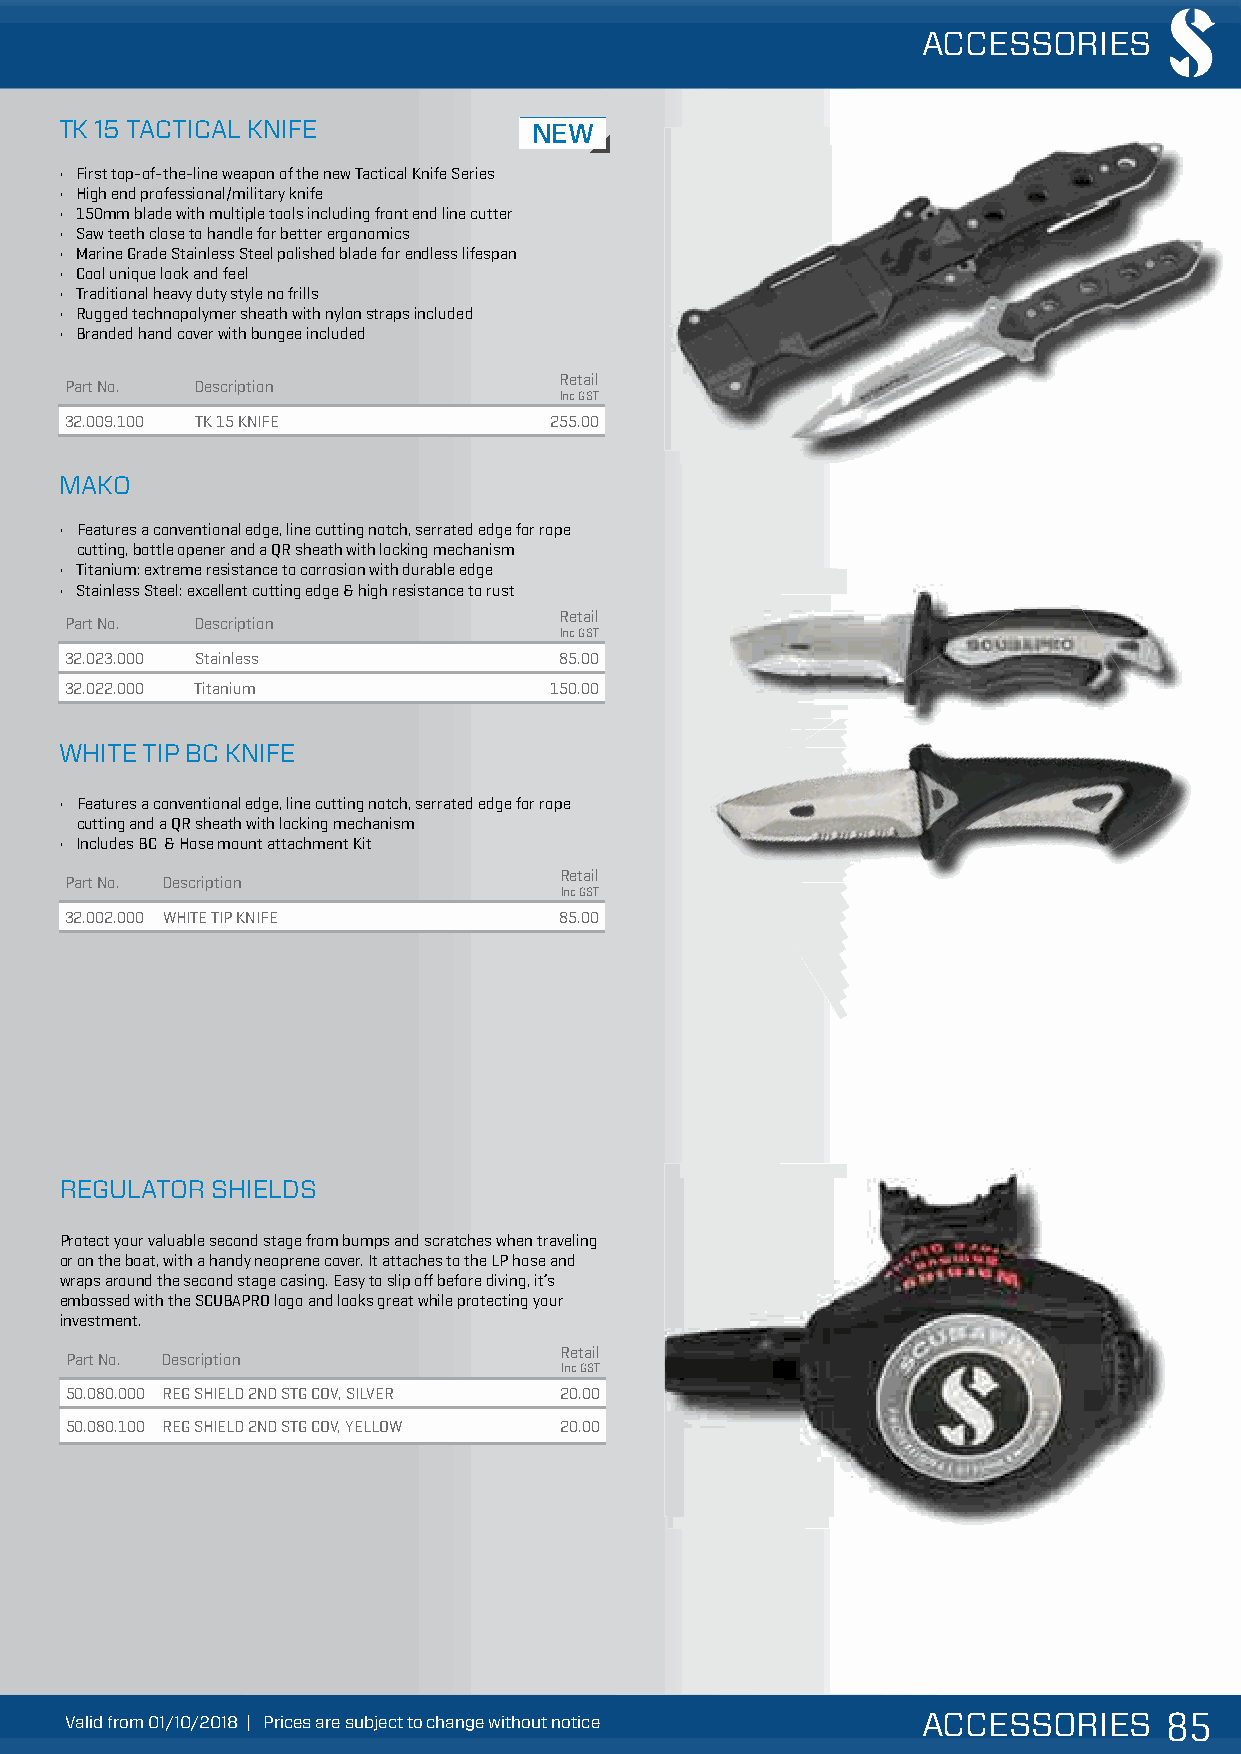
ACCESSORIES
 NEW
 TK 15 TACTICAL KNIFE           NEW
 • First top-of-the-line weapon of the new Tactical Knife Series
 • High end professional/military knife IMPROVED
 • 150mm blade with multiple tools including front end line cutter
 • Saw teeth close to handle for better ergonomics
 • Marine Grade Stainless Steel polished blade for endless lifespIaMn PROVED
 • Cool unique look and feel
 • Traditional heavy duty style no frills
 • Rugged technopolymer sheath with nylon straps included
 • Branded hand cover with bungee included
 NEW      NEW
 Retail
 Part No. Description
 Inc GST
 32.009.100 TK 15 KNIFE          255.00
 MAKO
 • Features a conventional edge, line cutting notch, serrated edge for rope
 cutting, bottle opener and a QR sheath with locking mechanism
 • Titanium: extreme resistance to corrosion with durable edge
 • Stainless Steel: excellent cutting edge & high resistance to rust
 Retail
 Part No. Description
 Inc GST
 32.023.000 Stainless             85.00
 32.022.000 Titanium             150.00
 WHITE TIP BC KNIFE
 • Features a conventional edge, line cutting notch, serrated edge for rope
 cutting and a QR sheath with locking mechanism
 • Includes BC & Hose mount attachment Kit
 Retail
 Part No. Description
 Inc GST
 32.002.000 WHITE TIP KNIFE       85.00
 REGULATOR SHIELDS
 Protect your valuable second stage from bumps and scratches when traveling
 or on the boat, with a handy neoprene cover. It attaches to the LP hose and
 wraps around the second stage casing. Easy to slip off before diving, it’s
 embossed with the SCUBAPRO logo and looks great while protecting your
 investment.
 Retail
 Part No. Description
 Inc GST
 50.080.000 REG SHIELD 2ND STG COV, SILVER 20.00
 50.080.100 REG SHIELD 2ND STG COV, YELLOW 20.00
 VVVaaallliiiddd fffrrrooommm 000111///111000///222000111888 ||| PPPrrriiiccceeesss aaarrreee sssuuubbbjjjeeecccttt tttooo ccchhhaaannngggeee wwwiiittthhhooouuuttt nnnoootttiiiccceee ACCESSORIES 888555